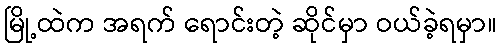
မြို့ထဲက အရက် ရောင်းတဲ့ ဆိုင်မှာ ဝယ်ခဲ့ရမှာ။